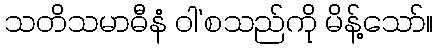
သတိသမာဓီနံ ဝါ’စသည်ကို မိန့်သော်။